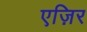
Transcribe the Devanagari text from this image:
एज़िर